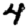
Digit: 4